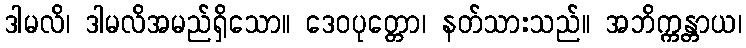
ဒါမလိ၊ ဒါမလိအမည်ရှိသော။ ဒေဝပုတ္တော၊ နတ်သားသည်။ အဘိက္ကန္တာယ၊